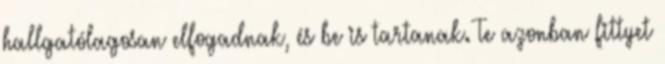
hallgatólagosan elfogadnak, és be is tartanak. Te azon­ban fittyet